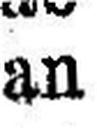
an